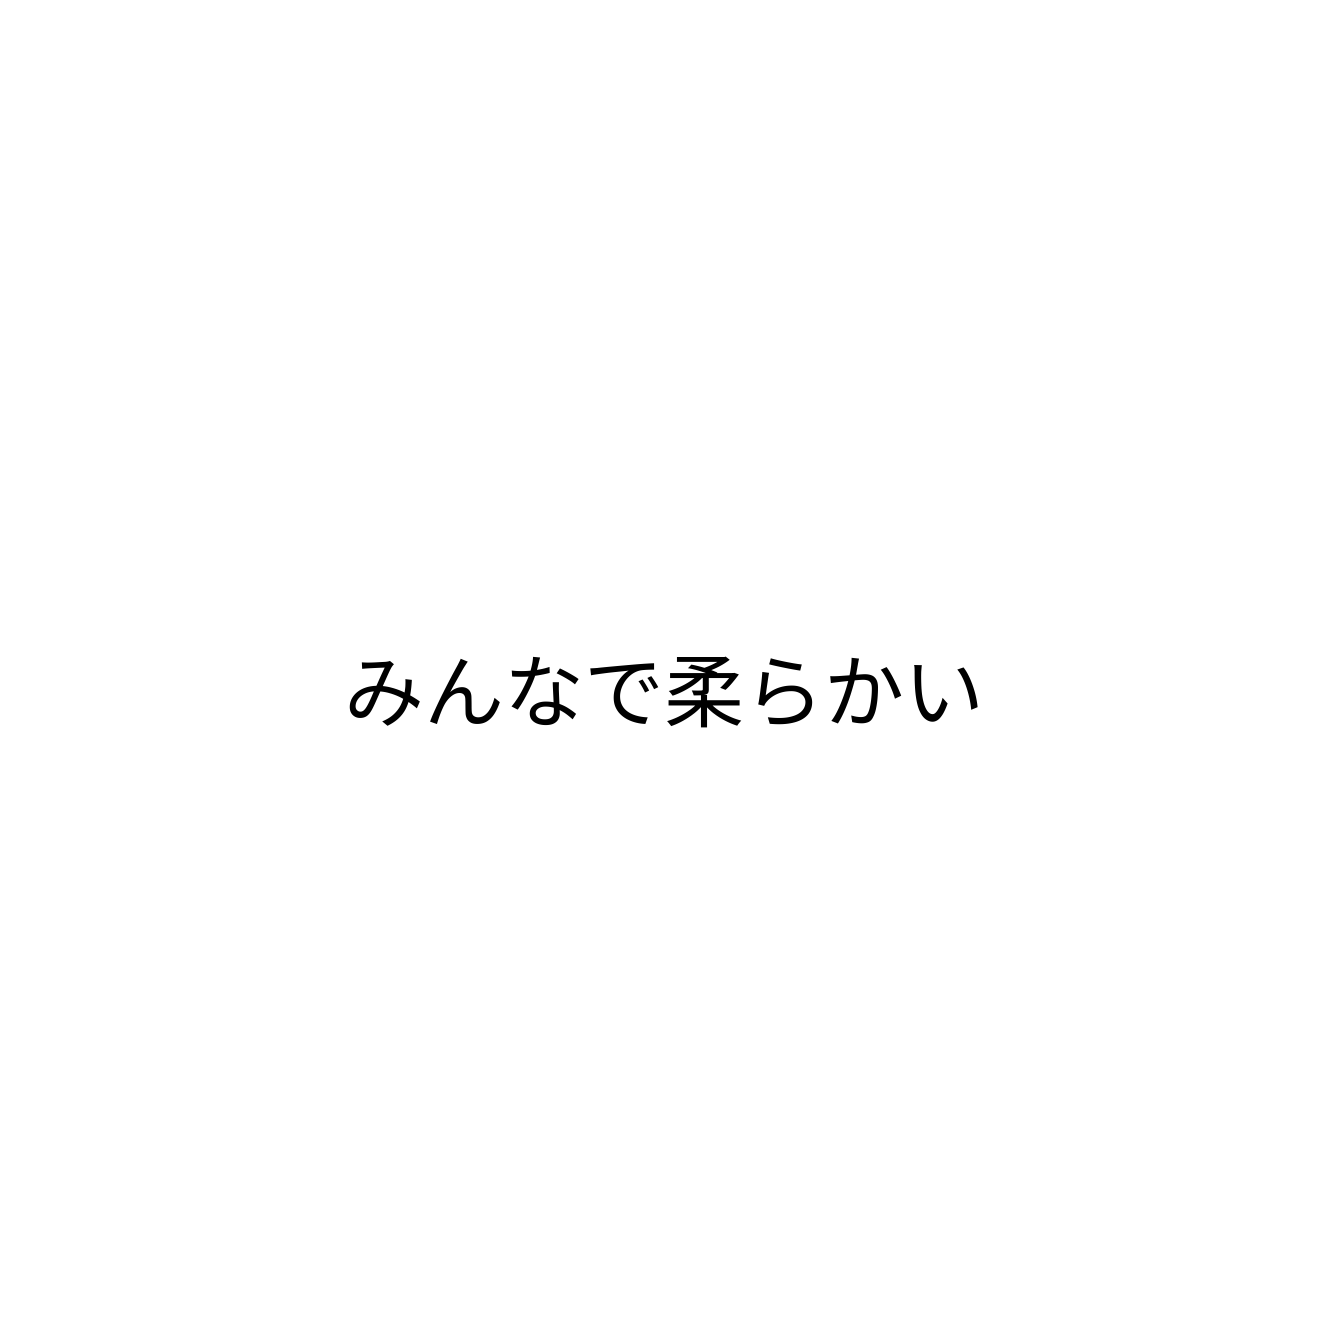
みんなで柔らかい